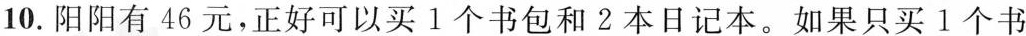
10.阳阳有46元，正好可以买1个书包和2本日记本。如果只买1个书